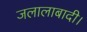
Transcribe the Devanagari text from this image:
जलालाबादी।